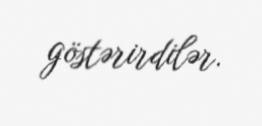
göstərirdilər.